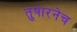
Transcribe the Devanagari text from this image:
तुषारनेच